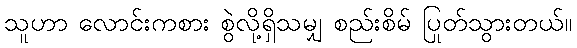
သူဟာ လောင်းကစား စွဲလို့ရှိသမျှ စည်းစိမ် ပြုတ်သွားတယ်။